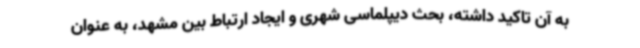
به آن تاکید داشته، بحث دیپلماسی شهری و ایجاد ارتباط بین مشهد، به عنوان